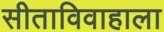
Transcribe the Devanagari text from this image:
सीताविवाहाला